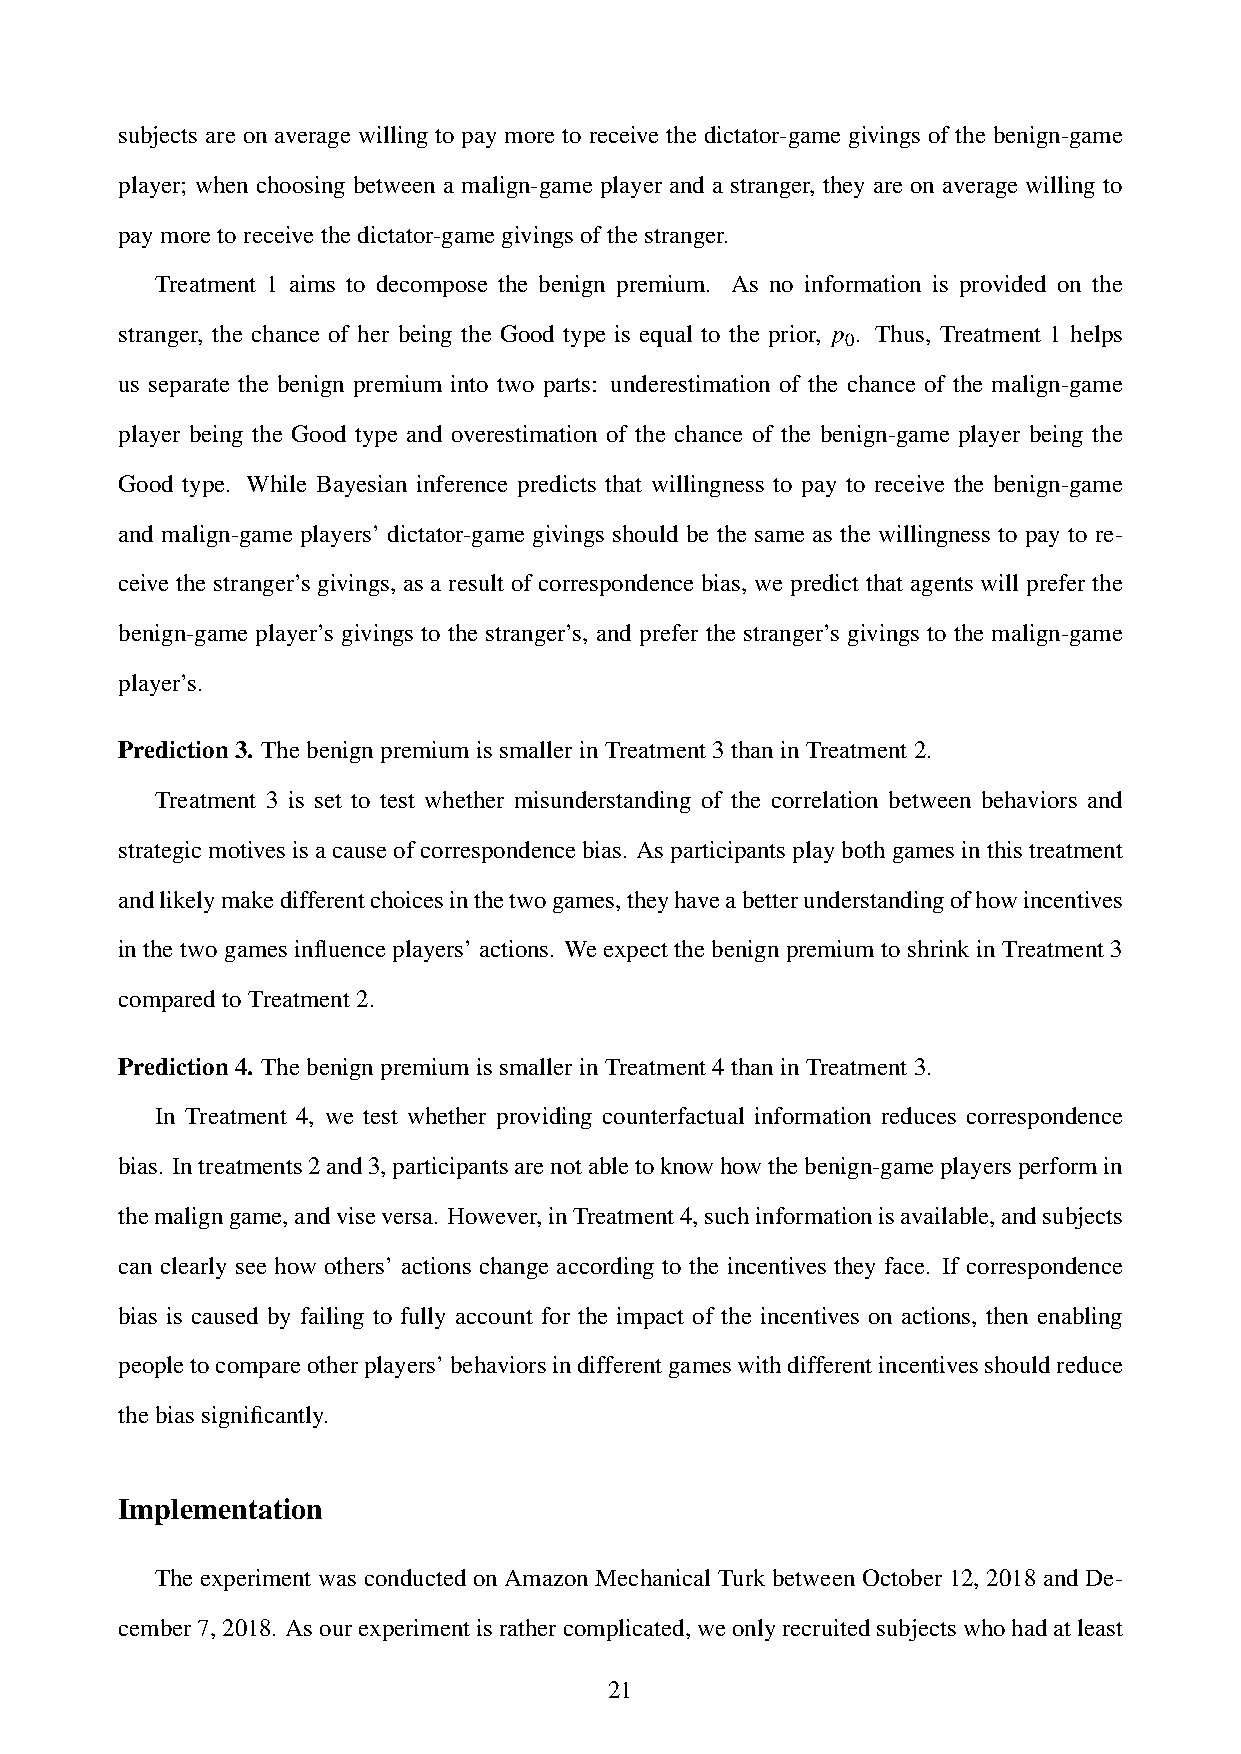
subjects are on average willing to pay more to receive the dictator-game givings of the benign-game
 player; when choosing between a malign-game player and a stranger, they are on average willing to
 paymoretoreceivethedictator-gamegivingsofthestranger.
 Treatment 1 aims to decompose the benign premium. As no information is provided on the
 stranger, the chance of her being the Good type is equal to the prior, p . Thus, Treatment 1 helps
 0
 us separate the benign premium into two parts: underestimation of the chance of the malign-game
 player being the Good type and overestimation of the chance of the benign-game player being the
 Good type. While Bayesian inference predicts that willingness to pay to receive the benign-game
 and malign-game players’ dictator-game givings should be the same as the willingness to pay to re-
 ceive the stranger’s givings, as a result of correspondence bias, we predict that agents will prefer the
 benign-game player’s givings to the stranger’s, and prefer the stranger’s givings to the malign-game
 player’s.
 Prediction3. ThebenignpremiumissmallerinTreatment3thaninTreatment2.
 Treatment 3 is set to test whether misunderstanding of the correlation between behaviors and
 strategicmotivesisacauseofcorrespondencebias. Asparticipantsplaybothgamesinthistreatment
 andlikelymakedifferentchoicesinthetwogames,theyhaveabetterunderstandingofhowincentives
 in the two games influence players’ actions. We expect the benign premium to shrink in Treatment 3
 comparedtoTreatment2.
 Prediction4. ThebenignpremiumissmallerinTreatment4thaninTreatment3.
 In Treatment 4, we test whether providing counterfactual information reduces correspondence
 bias. Intreatments2and3,participantsarenotabletoknowhowthebenign-gameplayersperformin
 themaligngame,andviseversa. However,inTreatment4,suchinformationisavailable,andsubjects
 can clearly see how others’ actions change according to the incentives they face. If correspondence
 bias is caused by failing to fully account for the impact of the incentives on actions, then enabling
 peopletocompareotherplayers’behaviorsindifferentgameswithdifferentincentivesshouldreduce
 thebiassignificantly.
 Implementation
 The experiment was conducted on Amazon Mechanical Turk between October 12, 2018 and De-
 cember7,2018. Asourexperimentisrathercomplicated,weonlyrecruitedsubjectswhohadatleast
 21